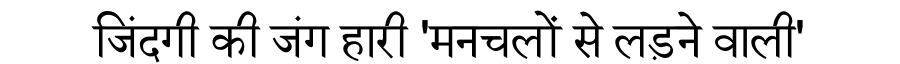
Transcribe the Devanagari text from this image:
जिंदगी की जंग हारी 'मनचलों से लड़ने वाली'